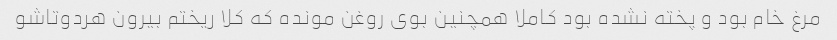
مرغ خام بود و پخته نشده بود کاملا همچنین بوی روغن مونده که کلا ریختم بیرون هردوتاشو